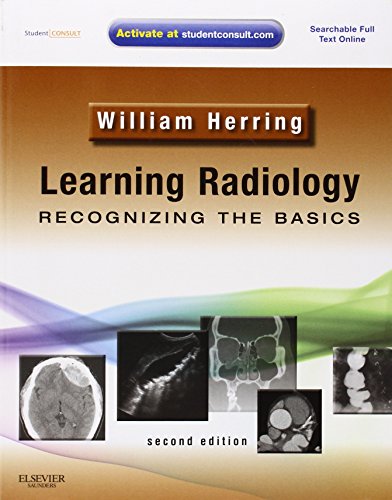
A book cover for Learning Radiology: Recognizing the Basics (With STUDENT CONSULT Online Access), 2e; William Herring MD  FACR; Medical Books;